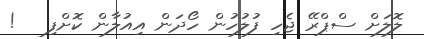
ލޮލަށް ސްޕްރޭ ޖެހި ފުލުހުން ހޯދަން އިއުލާން ކޮށްފި   !